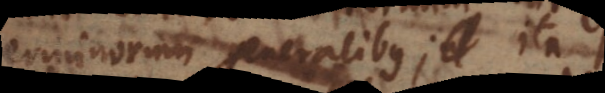
terminorum generalibus; ita